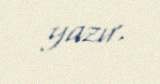
yazır.